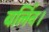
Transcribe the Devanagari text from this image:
बर्लिन।